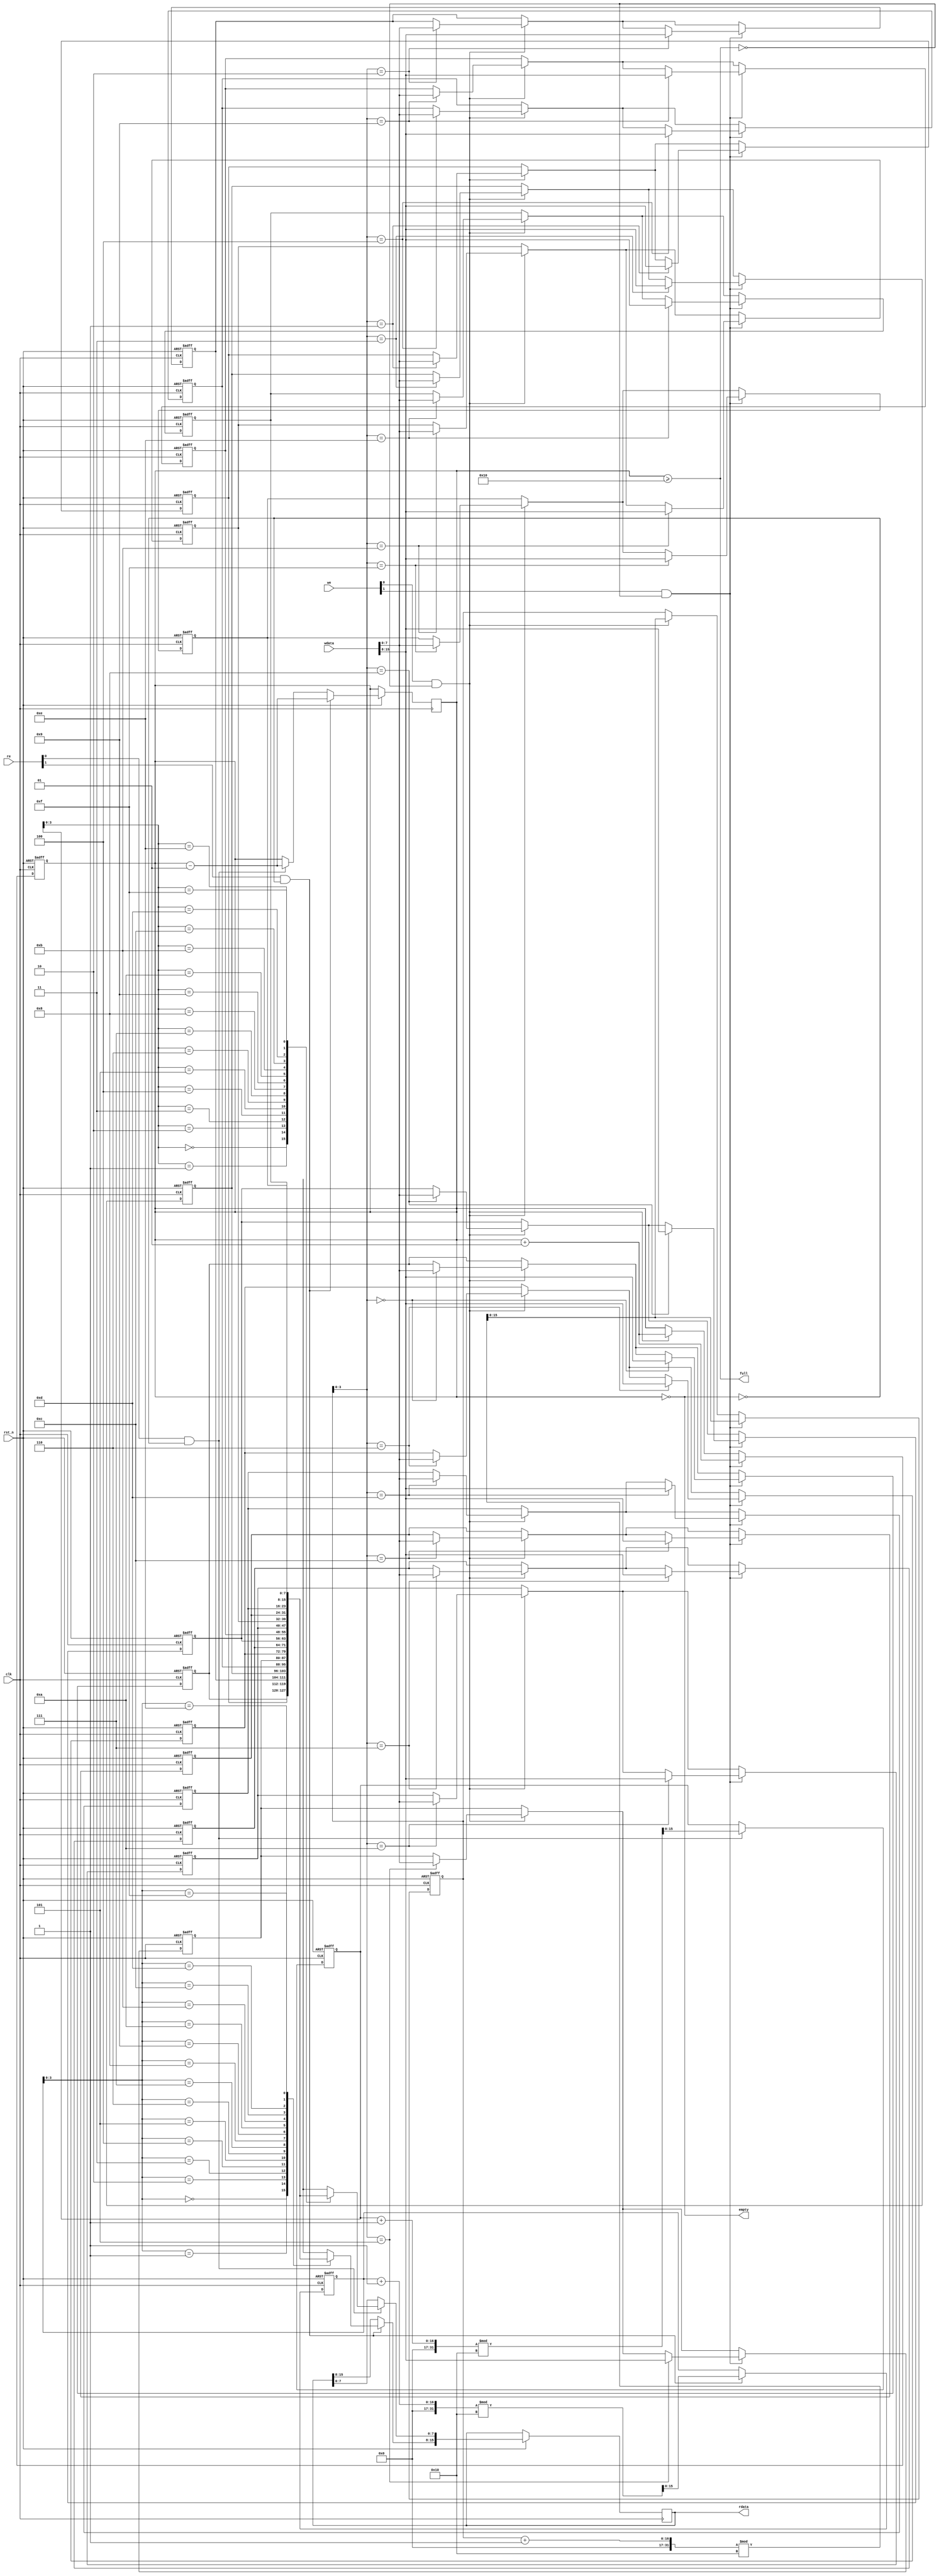
module multiport_fifo #(
    parameter DEPTH = 16,        // Number of FIFO entries
    parameter WIDTH = 8,         // Width of each entry
    parameter NUM_WRITE_PORTS = 2,  // Number of write ports
    parameter NUM_READ_PORTS = 2    // Number of read ports
)(
    input wire clk,
    input wire rst_n,
    
    // Write Ports
    input wire [NUM_WRITE_PORTS * WIDTH - 1 : 0] wdata, // Data inputs for all write ports
    input wire [NUM_WRITE_PORTS - 1 : 0] we,             // Write enable for each port
    
    // Read Ports
    output wire [NUM_READ_PORTS * WIDTH - 1 : 0] rdata, // Data outputs for all read ports
    input wire [NUM_READ_PORTS - 1 : 0] re,              // Read enable for each port
    
    // Status Flags
    output wire full,     // FIFO full flag
    output wire empty     // FIFO empty flag
);

    // Internal Memory Array
    reg [WIDTH - 1 : 0] fifo_mem [0 : DEPTH - 1];
    
    // Pointers
    reg [DEPTH - 1 : 0] write_ptr;
    reg [DEPTH - 1 : 0] read_ptr[0:NUM_READ_PORTS - 1];

    // FIFO entry count
    integer count;

    // Control signals
    assign full = (count >= DEPTH);
    assign empty = (count == 0);

    // Write Logic
    integer i;
    always @(posedge clk or negedge rst_n) begin
        if (!rst_n) begin
            for (i = 0; i < DEPTH; i = i + 1) begin
                fifo_mem[i] <= 0;
            end
            write_ptr <= 0;
            count <= 0;
        end else begin
            for (i = 0; i < NUM_WRITE_PORTS; i = i + 1) begin
                if (we[i] && !full) begin
                    fifo_mem[write_ptr] <= wdata[i * WIDTH +: WIDTH];
                    write_ptr <= (write_ptr + 1) % DEPTH; // Wrap around
                    count <= count + 1;
                end
            end
        end
    end

    // Read Logic
    integer j;
    always @(posedge clk or negedge rst_n) begin
        if (!rst_n) begin
            for (j = 0; j < NUM_READ_PORTS; j = j + 1) begin
                read_ptr[j] <= 0;
            end
        end else begin
            for (j = 0; j < NUM_READ_PORTS; j = j + 1) begin
                if (re[j] && !empty) begin
                    rdata[j * WIDTH +: WIDTH] <= fifo_mem[read_ptr[j]];
                    read_ptr[j] <= (read_ptr[j] + 1) % DEPTH; // Wrap around
                    count <= count - 1;
                end
            end
        end
    end

endmodule